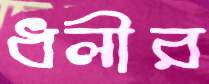
ধলীর